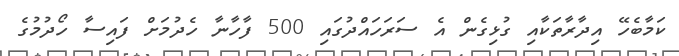
ކަމާބެހޭ އިދާރާތަކާއި ގުޅިގެން އެ ސަރަހައްދުގައި 500 ފާހާނާ ހެދުމަށް ފައިސާ ހޯދުމުގެ